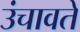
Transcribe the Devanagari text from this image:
उंचावते